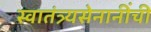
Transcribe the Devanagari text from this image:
स्वातंत्र्यसेनानींची